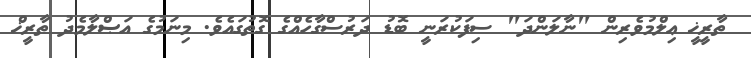
ތާރީޚީ ޢިލްމުވެރިން "ނާލަންދަ" ސިފަކުރަނީ ބޮޑު ދަރުސްގާހެއްގެ ގޮތުގައެވެ. މިނަމުގެ އަޞްލާމެދު ތާރީޚް